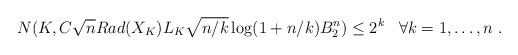
LaTeX: \begin{align*}N(K , C \sqrt{n} Rad(X_K) L_K \sqrt{n/k} \log(1+n/k) B_2^n) \leq 2^k \;\;\; \forall k = 1,\ldots,n ~.\end{align*}